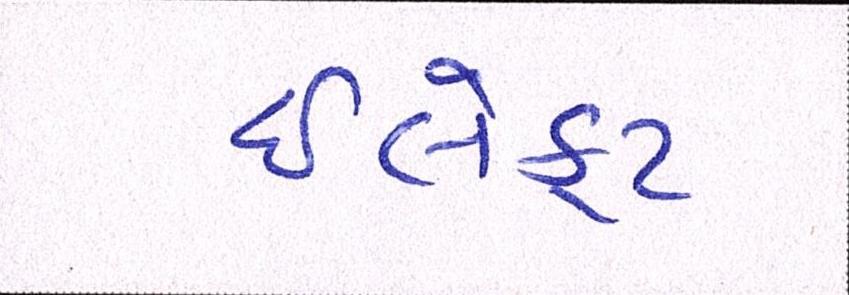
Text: ઈલેક્ટ